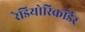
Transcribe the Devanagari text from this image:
रेडियोरिकॉर्डर